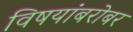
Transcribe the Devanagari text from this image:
विषयांबरोबर